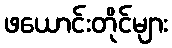
ဖယောင်းတိုင်များ